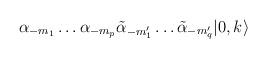
LaTeX: \begin{align*}\alpha_{-m_1} \ldots \alpha_{-m_p} \tilde\alpha_{-m'_1} \ldots\tilde\alpha_{-m'_q} |0,k\rangle\end{align*}